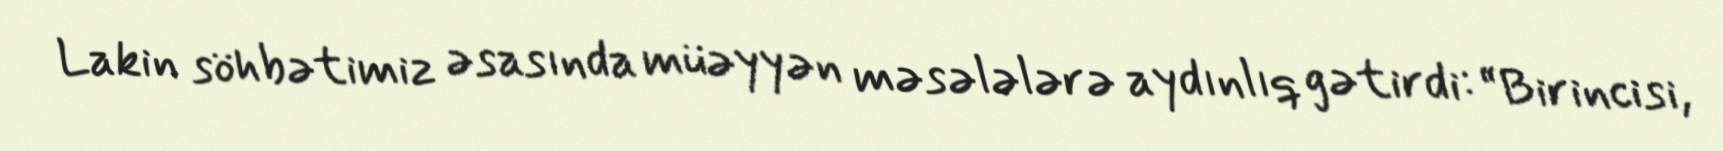
Lakin söhbətimiz əsasında müəyyən məsələlərə aydınlıq gətirdi: “Birincisi,